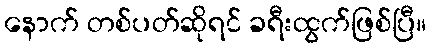
နောက် တစ်ပတ်ဆိုရင် ခရီးထွက်ဖြစ်ပြီ။